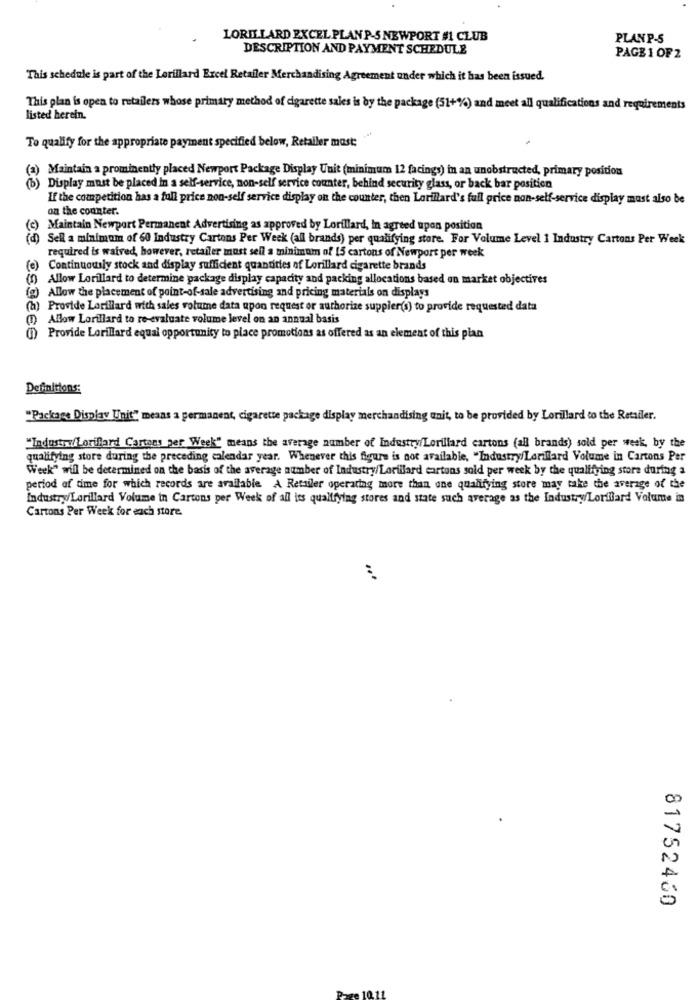
LORILLARD EXCEL PLAN P-S NEWPORT #1 CLUB
PLANP-S
DESCRIPTION AND PAYMENT SCHEDULE
PAGE 1 OF 2
This schedule is part of the Lorillard Excel Retailer Merchandising Agreement under which it has been issued.
This plan is open to retailers whose primary method of cigarette sales is by the package (51+%) and meet all qualifications and requirements
listed herein.
To qualify for the appropriate payment specified below, Retailer mast:
(a) Maintain a prominently placed Newport Package Display Unit (minimum 12 facings) in an unobstructed, primary position
(b) Display must be placed in a self-service, non-self service counter, behind security glass, or back bar position
If the competition has a full price non-self service display on the counter, then Lorillard's full price non-self-service display must also be
on the counter.
(c)
Maintain Newport Permanent Advertising as approved by Lorillard, In agreed upon position
(d) Sell a minimum of 60 Industry Cartons Per Week (all brands) per qualifying store. For Volume Level 1 Industry Cartons Per Week
required is waived, however, retailer most sell a minimum of 15 cartons of Newport per week
(e) Continuously stock and display sufficient quantities of Lorillard cigarette brands
(f) Allow Lorillard to determine package display capacity and packing allocations based on market objectives
(g) Allow the placement of point-of-sale advertising and pricing materials on displays
(h) Provide Lorillard with sales volume data upon request or authorize suppler(s) to provide requested data
Allow Lorillard to re-evaluate volume level on an annual basis
(1) Provide Lorillard equal opportunity to place promotions as offered as an element of this plan
Definitions:
"Package Display Unit" means a permanent, cigarette package display merchandising unit, to be provided by Lorillard to the Retailer.
"Industry/Lorillard Cartons per Week" means the average number of Industry/Lorillard cartons (all brands) sold per week, by the
qualifying store during the preceding calendar year. Whenever this figure is not available, "Industry/Lorillard Volume in Cartons Per
Week" will be determined on the basis of the average number of Industry/Lorillard cartons sold per week by the qualifying store during a
period of time for which records are available A Retailer operating more than one qualifying store may take the average of the
Industry/ Lorillard Volume in Cartons per Week of all its qualifying stores and state such average as the Industry/Lorillard Volume in
Cartons Per Week for each store.
81752460